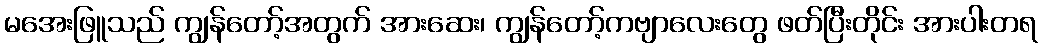
မအေးဖြူသည် ကျွန်တော့်အတွက် အားဆေး၊ ကျွန်တော့်ကဗျာလေးတွေ ဖတ်ပြီးတိုင်း အားပါးတရ